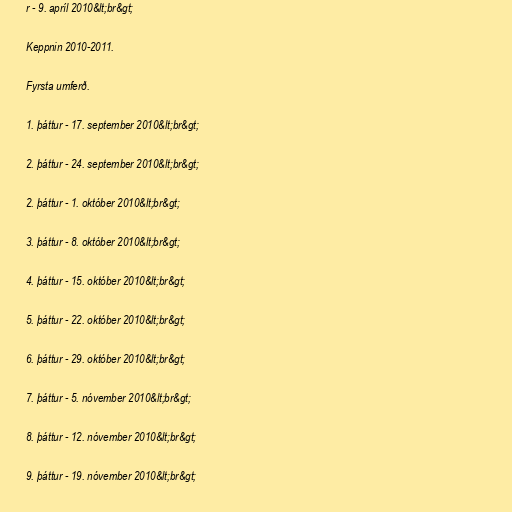
r - 9. apríl 2010&lt;br&gt;

Keppnin 2010-2011.

Fyrsta umferð.

1. þáttur - 17. september 2010&lt;br&gt;

2. þáttur - 24. september 2010&lt;br&gt;

2. þáttur - 1. október 2010&lt;br&gt;

3. þáttur - 8. október 2010&lt;br&gt;

4. þáttur - 15. október 2010&lt;br&gt;

5. þáttur - 22. október 2010&lt;br&gt;

6. þáttur - 29. október 2010&lt;br&gt;

7. þáttur - 5. nóvember 2010&lt;br&gt;

8. þáttur - 12. nóvember 2010&lt;br&gt;

9. þáttur - 19. nóvember 2010&lt;br&gt;